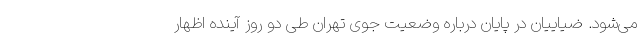
می‌شود. ضیاییان در پایان درباره وضعیت جوی تهران طی دو روز آینده اظهار